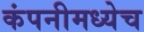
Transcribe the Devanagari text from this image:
कंपनीमध्येच